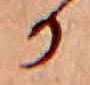
か